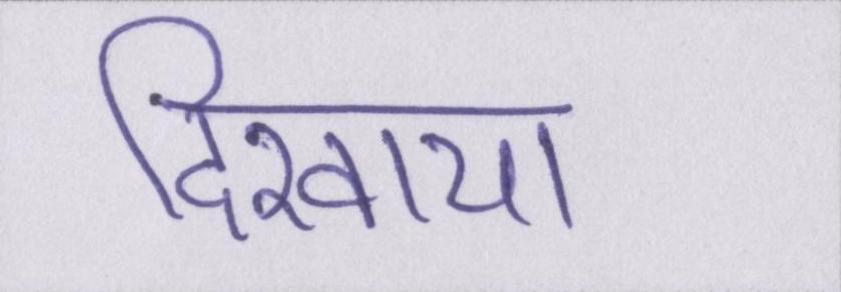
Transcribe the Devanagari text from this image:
दिखाया